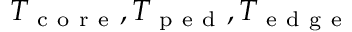
T _ { \mathrm { ~ c ~ o ~ r ~ e ~ } } , T _ { \mathrm { ~ p ~ e ~ d ~ } } , T _ { \mathrm { ~ e ~ d ~ g ~ e ~ } }